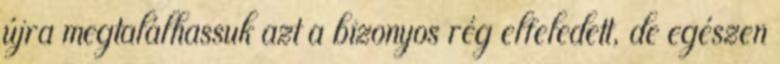
újra megtalálhassuk azt a bizonyos rég elfeledett, de egészen